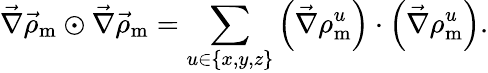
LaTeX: \vec{\nabla}\vec{\rho}_{\textrm{m}}\odot\vec{\nabla}\vec{\rho}_{\textrm{m}}=\sum_{u\in\{ x,y,z\} }\left(\vec{\nabla}\rho_{\textrm{m}}^{u}\right)\cdot\left(\vec{\nabla}\rho_{\textrm{m}}^{u}\right).